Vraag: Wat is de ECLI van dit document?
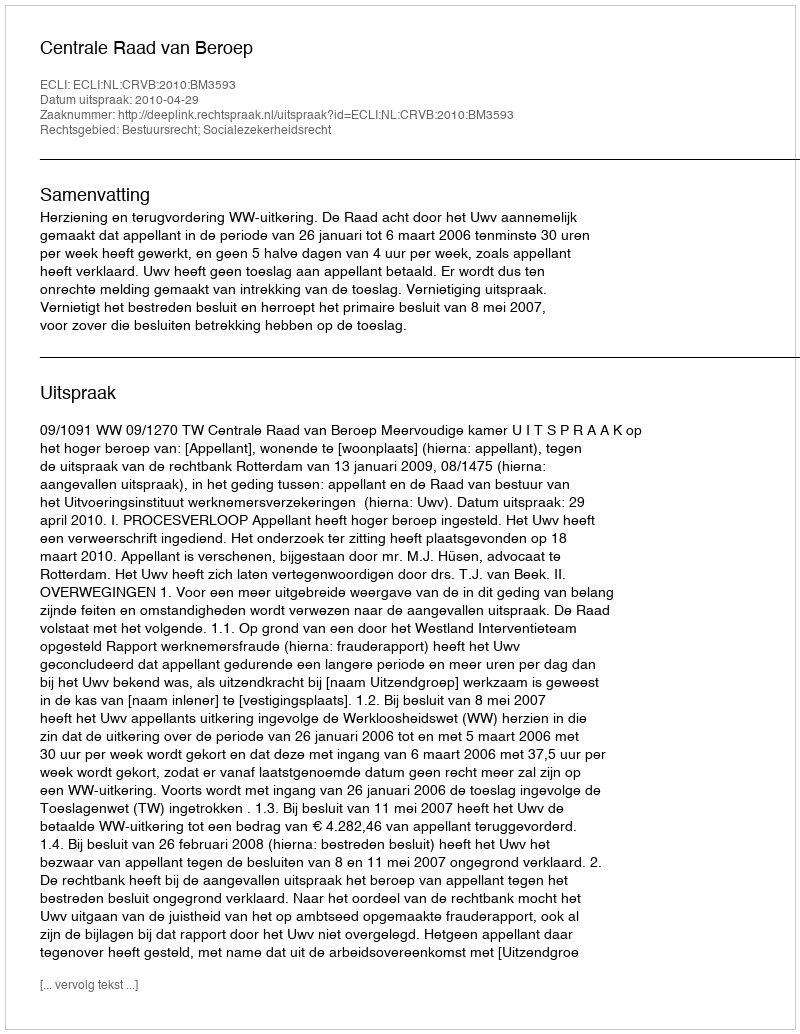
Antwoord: ECLI:NL:CRVB:2010:BM3593